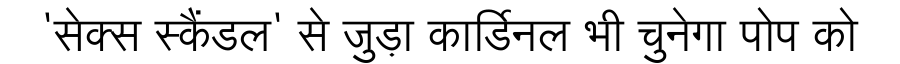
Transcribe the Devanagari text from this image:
'सेक्स स्कैंडल' से जुड़ा कार्डिनल भी चुनेगा पोप को